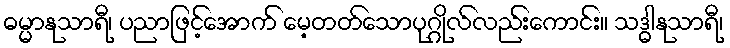
ဓမ္မာနုသာရီ၊ ပညာဖြင့်အောက် မေ့တတ်သောပုဂ္ဂိုလ်လည်းကောင်း။ သဒ္ဓါနုသာရီ၊